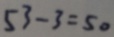
5 3 - 3 = 5 0